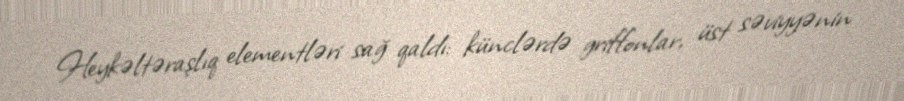
Heykəltəraşlıq elementləri sağ qaldı: künclərdə griffonlar, üst səviyyənin